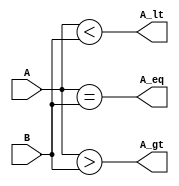
`timescale 1ns / 1ps
//////////////////////////////////////////////////////////////////////////////////
// Company: 
// Engineer: 
// 
// Design Name: 
// Module Name: comparater_sixteenbit
// Project Name: 
// Target Devices: 
// Tool Versions: 
// Description: 
// 
// Dependencies: 
// 
// Revision:
// Revision 0.01 - File Created
// Additional Comments:
// 
//////////////////////////////////////////////////////////////////////////////////


module comparater_sixteenbit(A_gt,A_lt,A_eq,A,B);

input [15:0] A,B;
output A_gt,A_lt,A_eq;
assign A_gt=A>B;
assign A_lt=A<B;
assign A_eq=A==B;

endmodule